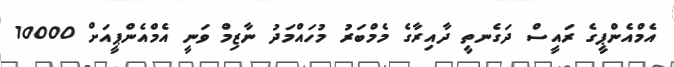
އެމްއެންޕީގެ ރައީސް ދަގެނތީ ދާއިރާގެ މެމްބަރު މުހައްމަދު ނާޒިމް ވަނީ އެމްއެންޕީއަށް 10000